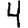
Digit: 4